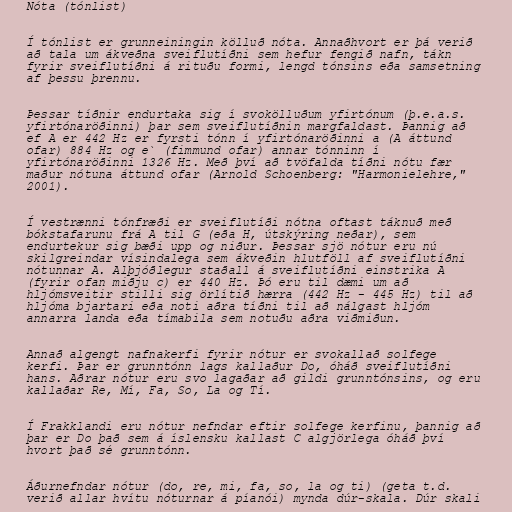
Nóta (tónlist)

Í tónlist er grunneiningin kölluð nóta. Annaðhvort er þá verið
að tala um ákveðna sveiflutíðni sem hefur fengið nafn, tákn
fyrir sveiflutíðni á rituðu formi, lengd tónsins eða samsetning
af þessu þrennu.

Þessar tíðnir endurtaka sig í svokölluðum yfirtónum (þ.e.a.s.
yfirtónaröðinni) þar sem sveiflutíðnin margfaldast. Þannig að
ef A er 442 Hz er fyrsti tónn í yfirtónaröðinni a (A áttund
ofar) 884 Hz og e` (fimmund ofar) annar tónninn í
yfirtónaröðinni 1326 Hz. Með því að tvöfalda tíðni nótu fær
maður nótuna áttund ofar (Arnold Schoenberg: "Harmonielehre,"
2001).

Í vestrænni tónfræði er sveiflutíði nótna oftast táknuð með
bókstafarunu frá A til G (eða H, útskýring neðar), sem
endurtekur sig bæði upp og niður. Þessar sjö nótur eru nú
skilgreindar vísindalega sem ákveðin hlutföll af sveiflutíðni
nótunnar A. Alþjóðlegur staðall á sveiflutíðni einstrika A
(fyrir ofan miðju c) er 440 Hz. Þó eru til dæmi um að
hljómsveitir stilli sig örlítið hærra (442 Hz - 445 Hz) til að
hljóma bjartari eða noti aðra tíðni til að nálgast hljóm
annarra landa eða tímabila sem notuðu aðra viðmiðun.

Annað algengt nafnakerfi fyrir nótur er svokallað solfege
kerfi. Þar er grunntónn lags kallaður Do, óháð sveiflutíðni
hans. Aðrar nótur eru svo lagaðar að gildi grunntónsins, og eru
kallaðar Re, Mí, Fa, So, La og Tí.

Í Frakklandi eru nótur nefndar eftir solfege kerfinu, þannig að
þar er Do það sem á íslensku kallast C algjörlega óháð því
hvort það sé grunntónn.

Áðurnefndar nótur (do, re, mi, fa, so, la og ti) (geta t.d.
verið allar hvítu nóturnar á píanói) mynda dúr-skala. Dúr skali